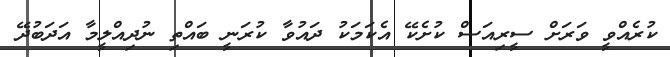
ކުރެއްވީ ވަރަށް ސީރިއަސް ކުށެކޭ އެކަމަކު ދައުވާ ކުރަނީ ބައްތި ނުދިއްލީމާ އަދަބުދޭ